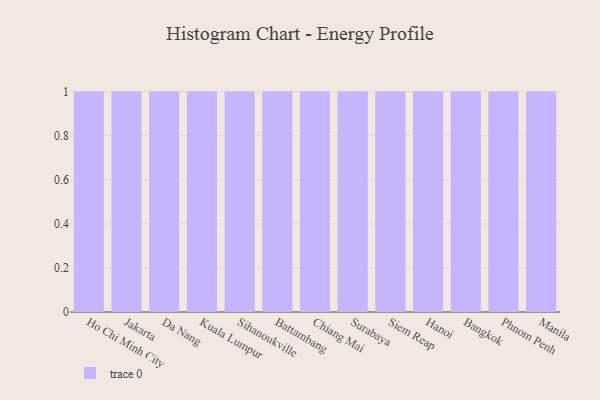
{"axis": {"x": "City", "y": "Market Share (%)"}, "legend": [""], "data": [{"x": "Ho Chi Minh City", "y": 52, "type": ""}, {"x": "Jakarta", "y": 19, "type": ""}, {"x": "Da Nang", "y": 89, "type": ""}, {"x": "Kuala Lumpur", "y": 72, "type": ""}, {"x": "Sihanoukville", "y": 87, "type": ""}, {"x": "Battambang", "y": 38, "type": ""}, {"x": "Chiang Mai", "y": 19, "type": ""}, {"x": "Surabaya", "y": 90, "type": ""}, {"x": "Siem Reap", "y": 31, "type": ""}, {"x": "Hanoi", "y": 6, "type": ""}, {"x": "Bangkok", "y": 24, "type": ""}, {"x": "Phnom Penh", "y": 91, "type": ""}, {"x": "Manila", "y": 62, "type": ""}]}